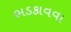
ભડકાવવા